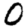
Digit: 0